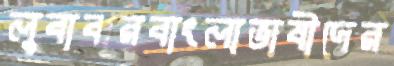
লুবাবারবাংলাভাষীদের